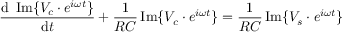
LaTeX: { \frac { \mathrm { d } \ \operatorname { I m } \{ V _ { c } \cdot e ^ { i \omega t } \} } { \mathrm { d } t } } + { \frac { 1 } { R C } } \operatorname { I m } \{ V _ { c } \cdot e ^ { i \omega t } \} = { \frac { 1 } { R C } } \operatorname { I m } \{ V _ { s } \cdot e ^ { i \omega t } \}